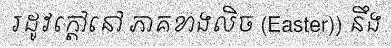
រដូវក្តៅនៅ ភាគខាងលិច (Easter)) នឹង